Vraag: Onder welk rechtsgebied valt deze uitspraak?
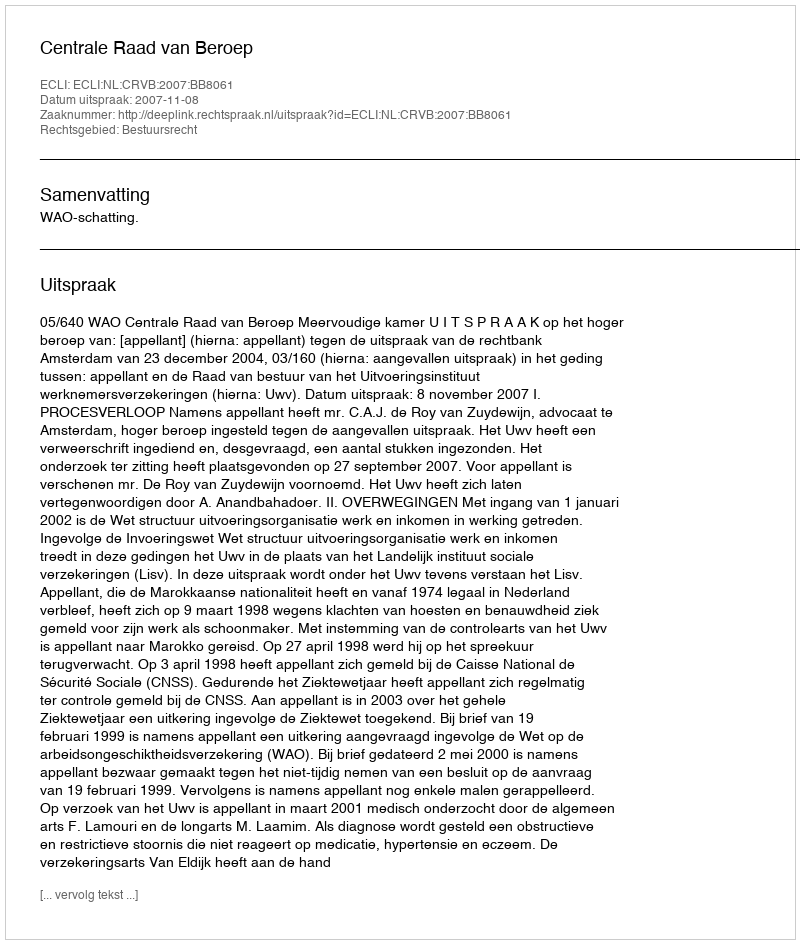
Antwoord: Bestuursrecht